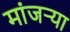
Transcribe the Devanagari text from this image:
मांजर्‍या